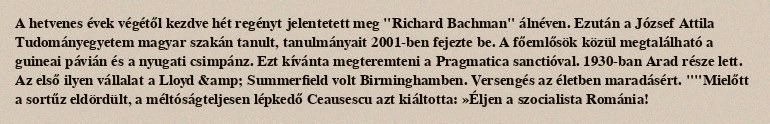
A hetvenes évek végétől kezdve hét regényt jelentetett meg "Richard Bachman" álnéven. Ezután a József Attila Tudományegyetem magyar szakán tanult, tanulmányait 2001-ben fejezte be. A főemlősök közül megtalálható a guineai pávián és a nyugati csimpánz. Ezt kívánta megteremteni a Pragmatica sanctióval. 1930-ban Arad része lett. Az első ilyen vállalat a Lloyd &amp; Summerfield volt Birminghamben. Versengés az életben maradásért. ""Mielőtt a sortűz eldördült, a méltóságteljesen lépkedő Ceausescu azt kiáltotta: »Éljen a szocialista Románia!